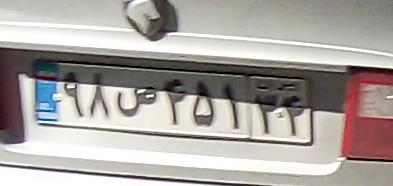
۹۸ص۴۵۱۳۴